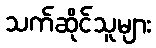
သက်ဆိုင်သူများ